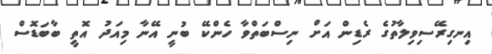
އިނގިރޭސިވިލާތުގެ ރެޑިން އަށް ނިސްބަތްވާ ހެންކޭ ބުނީ އޭނާ މިއަދު އޮތީ ބާބަޑޮސް